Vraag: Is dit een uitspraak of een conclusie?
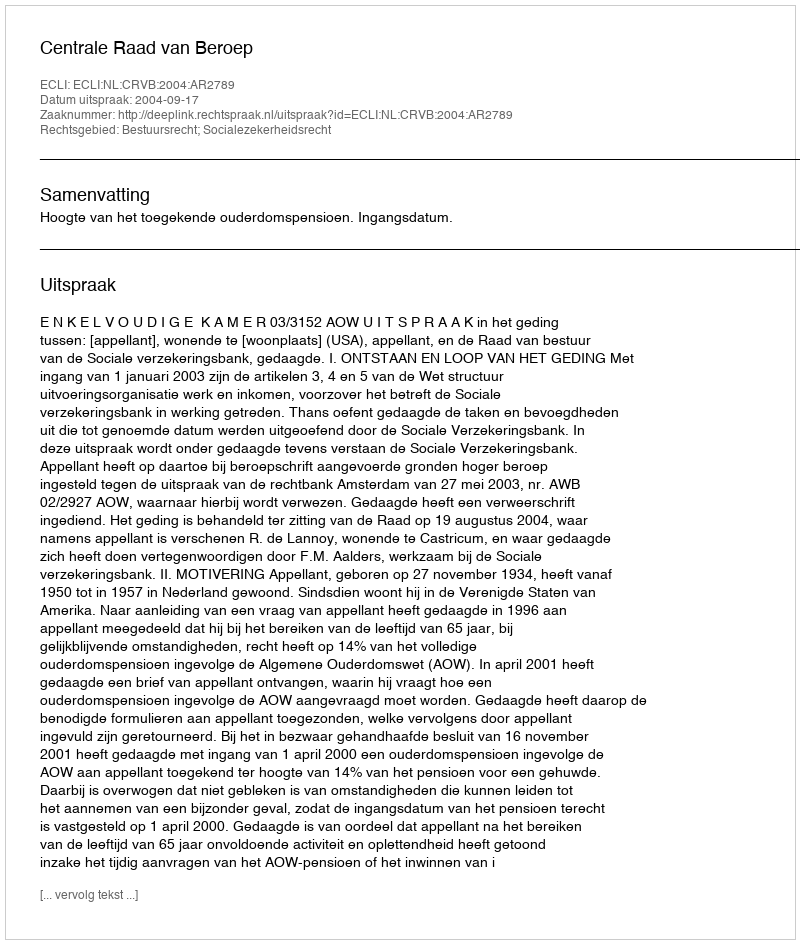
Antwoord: Uitspraak